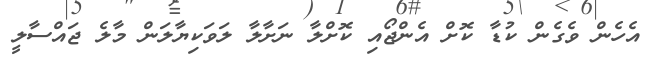
އެހެން ވެގެން ކުޑާ ކޮށް އެންޖޯއި ކޮށްލާ ނަށާލާ ލަވަކިޔާލަން މާލެ ޖައްސާލީ